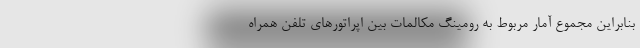
بنابراین مجموع آمار مربوط به رومینگ مکالمات بین اپراتورهای تلفن همراه